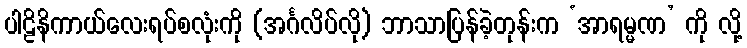
ပါဠိနိကာယ်လေးရပ်စလုံးကို (အင်္ဂလိပ်လို) ဘာသာပြန်ခဲ့တုန်းက ‘အာရမ္မဏ’ ကို လို့